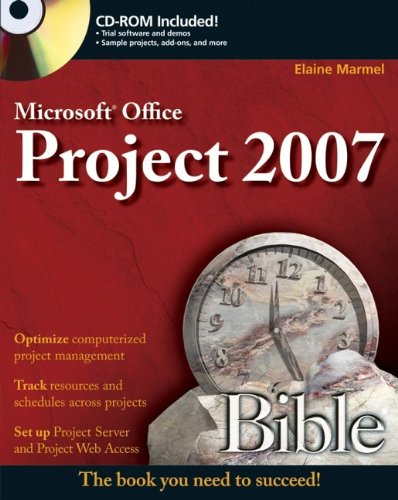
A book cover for Microsoft Project 2007 Bible; Elaine Marmel; Computers & Technology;